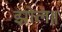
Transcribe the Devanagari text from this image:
झोल॥